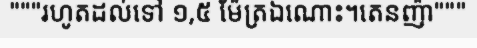
"""រហូតដល់ទៅ ១,៥ ម៉ែត្រឯណោះ។តេនញ៉ា"""